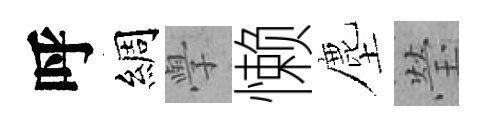
呼綢𭓕懒塵瑩